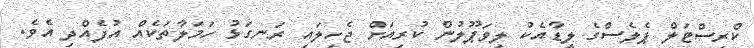
ކްރިސްޓަލް ޕެލެސްގެ ލީޑާއެކު ލިވަޕޫލުން ކުރިއަށް ޖެހިލައި ރަނގަޅު ހަމަލާތަކެއް އުފެއްދި އެވެ.